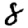
Digit: 8